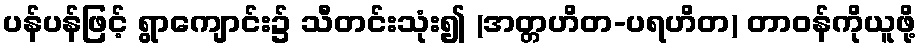
ပန်ပန်ဖြင့် ရွာကျောင်း၌ သီတင်းသုံး၍ (အတ္တဟိတ-ပရဟိတ) တာဝန်ကိုယူဖို့